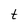
Character: t